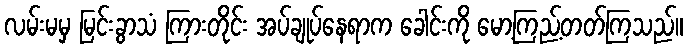
လမ်းမမှ မြင်းခွာသံ ကြားတိုင်း အပ်ချုပ်နေရာက ခေါင်းကို မော့ကြည့်တတ်ကြသည်။